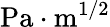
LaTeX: \textrm{Pa}\cdot\textrm{m}^{1/2}